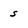
Character: s